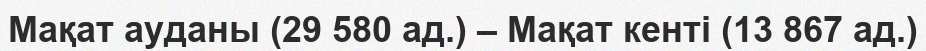
Мақат ауданы (29 580 ад.) – Мақат кенті (13 867 ад.)